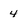
Character: 4